Report on sanitation, dispensaries, and jails in Rajputana for 1921, and on vaccination for the year 1921-1922 - 1921-1922
Year: 1921
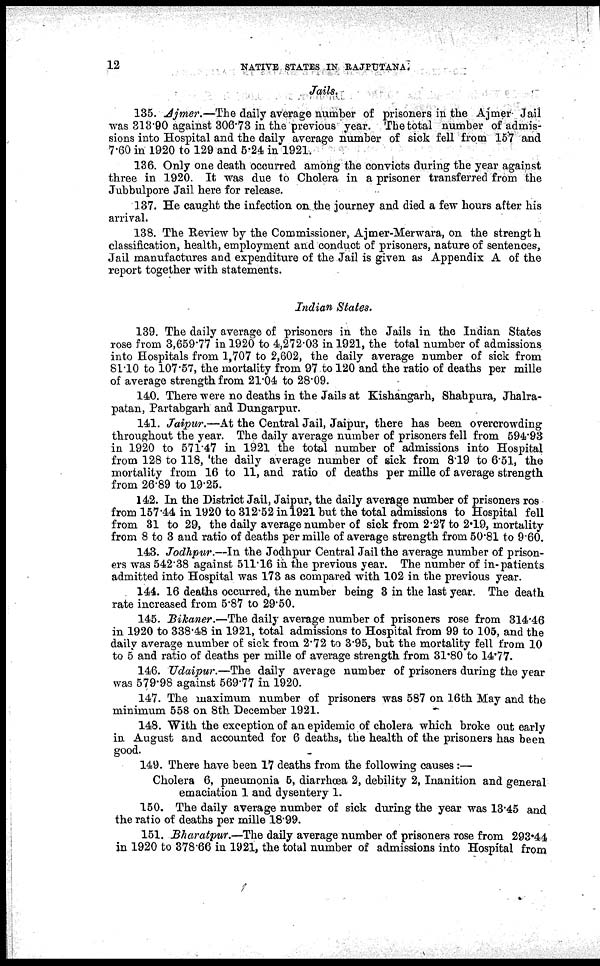
12
NATIVE STATES IN RAJPUTANA.
Jails.
135. Ajmer.—The daily average number of prisoners in the Ajmer Jail
was 313.90 against 306.73 in the previous year. The total number of admis-
sions into Hospital and the daily average number of sick fell from 157 and
7.60 in 1920 to 129 and 5.24 in 1921.
136. Only one death occurred among the convicts during the year against
three in 1920. It was due to Cholera in a prisoner transferred from the
Jubbulpore Jail here for release.
137. He caught the infection on the. journey and died a few hours after his
arrival.
138. The Review by the Commissioner, Ajmer-Merwara, on the strength
classification, health, employment and conduct of prisoners, nature of sentences,
Jail manufactures and expenditure of the Jail is given as Appendix A of the
report together with statements.
Indian States.
139. The daily average of prisoners in the Jails in the Indian States
rose from 3,659.77 in 1920 to 4,272.03 in 1921, the total number of admissions
into Hospitals from 1,707 to 2,602, the daily average number of sick from
81.10 to 107.57, the mortality from 97 to 120 and the ratio of deaths per mille
of average strength from 21.04 to 28.09.
140. There were no deaths in the Jails at Kishangarh, Shahpura, Jhalra¬
patan, Partabgarh and Dungarpur.
141. Jaipur.—At the Central Jail, Jaipur, there has been overcrowding
throughout the year. The daily average number of prisoners fell from 594.93
in 1920 to 571.47 in 1921 the total number of admissions into Hospital
from 128 to 118, the daily average number of sick from 8.19 to 6.51, the
mortality from 16 to 11, and ratio of deaths per mille of average strength
from 26.89 to 19.25.
142. In the District Jail, Jaipur, the daily average number of prisoners ros
from 157.44 in 1920 to 312.52 in 1921 but the total admissions to Hospital fell
from 31 to 29, the daily average number of sick from 2.27 to 2.19, mortality
from 8 to 3 and ratio of deaths per mille of average strength from 50.81 to 9.60.
143. Jodhpur.—In the Jodhpur Central Jail the average number of prison-
ers was 542.38 against 511.16 in the previous year. The number of in-patients
admitted into Hospital was 173 as compared with 102 in the previous year.
. 144. 16 deaths occurred, the number being 3 in the last year. The death
rate increased from 5.87 to 29.50.
145. Bikaner.—The daily average number of prisoners rose from 314.46
in 1920 to 338.48 in 1921, total admissions to Hospital from 99 to 105, and the
daily average number of sick from 2.72 to 3.95, but the mortality fell from 10
to 5 and ratio of deaths per mille of average strength from 31.80 to 14.77.
146. Udaipur.—The daily average number of prisoners during the year
was 579.98 against 569.77 in 1920.
147. The maximum number of prisoners was 587 on 16th May and the
minimum 558 on 8th December 1921.
148. With the exception of an epidemic of cholera which broke out early
in August and accounted for 6 deaths, the health of the prisoners has been
good.
149. There have been 17 deaths from the following causes :—
Cholera 6, pneumonia 5, diarrhœa 2, debility 2, Inanition and general
emaciation 1 and dysentery 1.
150. The daily average number of sick during the year was 13.45 and
the ratio of deaths per mille 18.99.
151. Bharatpur.—The daily average number of prisoners rose from 293.44
in 1920 to 378.66 in 1921, the total number of admissions into Hospital from.